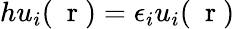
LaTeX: hu_{i}(\mathrm{~\mathbf~r~})=\epsilon_{i}u_{i}(\mathrm{~\mathbf~r~})